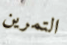
التمرين